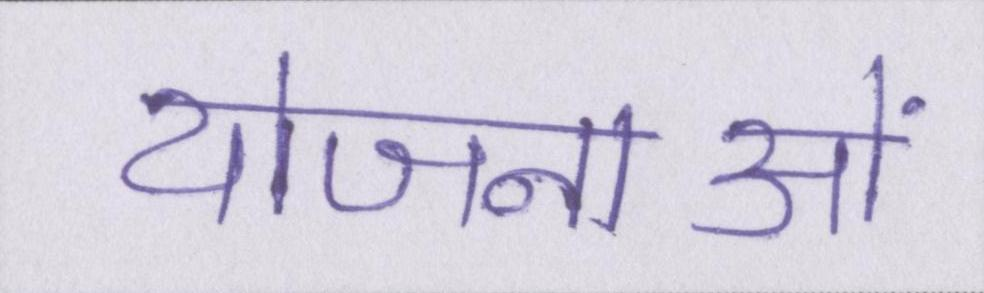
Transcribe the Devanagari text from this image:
योजनाओं